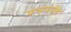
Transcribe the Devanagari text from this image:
प्रभावभेद